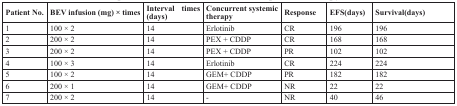
<table><thead><tr><td><b>Patient No.</b></td><td><b>BEV infusion (mg) × times</b></td><td><b>Interval times (days)</b></td><td><b>Concurrent systemic therapy</b></td><td><b>Response</b></td><td><b>EFS(days)</b></td><td><b>Survival(days)</b></td></tr></thead><tbody><tr><td>1</td><td>100 × 2</td><td>14</td><td>Erlotinib</td><td>CR</td><td>196</td><td>196</td></tr><tr><td>2</td><td>200 × 2</td><td>14</td><td>PEX + CDDP</td><td>CR</td><td>168</td><td>168</td></tr><tr><td>3</td><td>200 × 2</td><td>14</td><td>PEX + CDDP</td><td>PR</td><td>102</td><td>102</td></tr><tr><td>4</td><td>100 × 3</td><td>14</td><td>Erlotinib</td><td>CR</td><td>224</td><td>224</td></tr><tr><td>5</td><td>100 × 2</td><td>14</td><td>GEM+ CDDP</td><td>PR</td><td>182</td><td>182</td></tr><tr><td>6</td><td>200 × 1</td><td>14</td><td>GEM+ CDDP</td><td>NR</td><td>22</td><td>22</td></tr><tr><td>7</td><td>200 × 2</td><td>14</td><td>-</td><td>NR</td><td>40</td><td>46</td></tr></tbody></table>